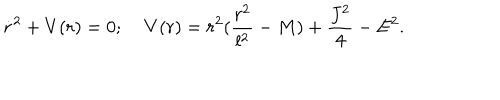
\dot { r } ^ { 2 } + V ( r ) = 0 ; \; V ( r ) = r ^ { 2 } ( \frac { r ^ { 2 } } { l ^ { 2 } } - M ) + \frac { J ^ { 2 } } { 4 } - E ^ { 2 } .